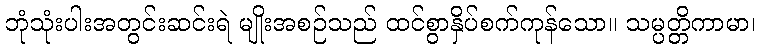
ဘုံသုံးပါးအတွင်းဆင်းရဲ မျိုးအစဉ်သည် ထင်စွာနှိပ်စက်ကုန်သော။ သမ္ပတ္တိကာမာ၊